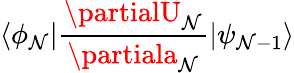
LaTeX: \langle\phi_{\mathcal{N}}|\frac{{\partialU_{\mathcal{N}}}}{{\partiala_{\mathcal{N}}}}|\psi_{\mathcal{N}-1}\rangle